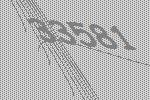
33581